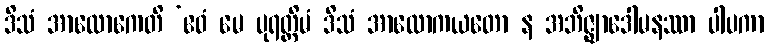
ဒိသံ အာလောကေတိ ‘ဧဝံ မေ ပုရတ္ထိမံ ဒိသံ အာလောကယတော န အဘိဇ္ဈာဒေါမနဿာ ပါပကာ